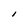
Character: I